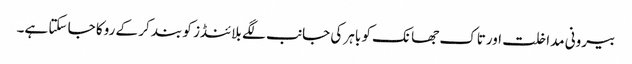
بیرونی مداخلت اورتاک جھانک کو باہر کی جانب لگے بلائنڈز کو بند کر کے روکا جا سکتا ہے۔